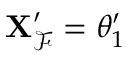
\mathbf { X } _ { \mathcal { F } } ^ { \prime } = \theta _ { 1 } ^ { \prime }